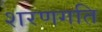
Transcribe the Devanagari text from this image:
शरणगति